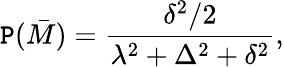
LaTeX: \mathtt{P}(\bar{{M}})={\frac{{\delta^{2}/2}}{{\lambda^{2}+\Delta^{2}+\delta^{2}}}},